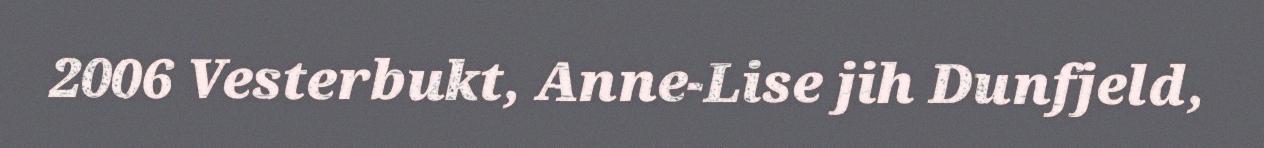
2006 Vesterbukt, Anne-Lise jih Dunfjeld,